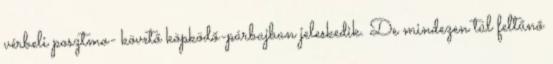
vérbeli posztmo- követő köpködő-párbajban jeleskedik. De mindezen túl feltűnő